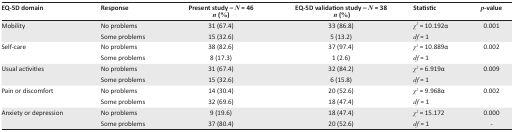
<table><thead><tr><td><b>EQ-5D domain</b></td><td><b>Response</b></td><td><b>Present study – <i>N</i> = 46</b></td><td><b>EQ-5D validation study – <i>N</i> = 38</b></td><td><b>Statistic</b></td><td><b><i>p</i>-value</b></td></tr><tr><td></td><td></td><td><b><i>n</i> (%)</b></td><td><b><i>n</i> (%)</b></td><td></td><td></td></tr></thead><tbody><tr><td>Mobility</td><td>No problems</td><td>31 (67.4)</td><td>33 (86.8)</td><td>χ<sup>2</sup> = 10.192α</td><td>0.001</td></tr><tr><td></td><td>Some problems</td><td>15 (32.6)</td><td>5 (13.2)</td><td>df = 1</td><td></td></tr><tr><td>Self-care</td><td>No problems</td><td>38 (82.6)</td><td>37 (97.4)</td><td>χ<sup>2</sup> = 10.889α</td><td>0.002</td></tr><tr><td></td><td>Some problems</td><td>8 (17.3)</td><td>1 (2.6)</td><td>df = 1</td><td></td></tr><tr><td>Usual activities</td><td>No problems</td><td>31 (67.4)</td><td>32 (84.2)</td><td>χ<sup>2</sup> = 6.919α</td><td>0.009</td></tr><tr><td></td><td>Some problems</td><td>15 (32.6)</td><td>6 (15.8)</td><td>df = 1</td><td></td></tr><tr><td>Pain or discomfort</td><td>No problems</td><td>14 (30.4)</td><td>20 (52.6)</td><td>χ<sup>2</sup> = 9.968α</td><td>0.002</td></tr><tr><td></td><td>Some problems</td><td>32 (69.6)</td><td>18 (47.4)</td><td>df = 1</td><td></td></tr><tr><td>Anxiety or depression</td><td>No problems</td><td>9 (19.6)</td><td>18 (47.4)</td><td>χ<sup>2</sup> = 15.172</td><td>0.000</td></tr><tr><td></td><td>Some problems</td><td>37 (80.4)</td><td>20 (52.6)</td><td>df = 1</td><td>-</td></tr></tbody></table>